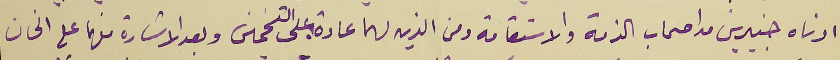
ادناه خبيرين من اصحاب الذمة والاستقامة ومن الذين لهما عادة على التخمين وبعد الاشارة منهما على الخان